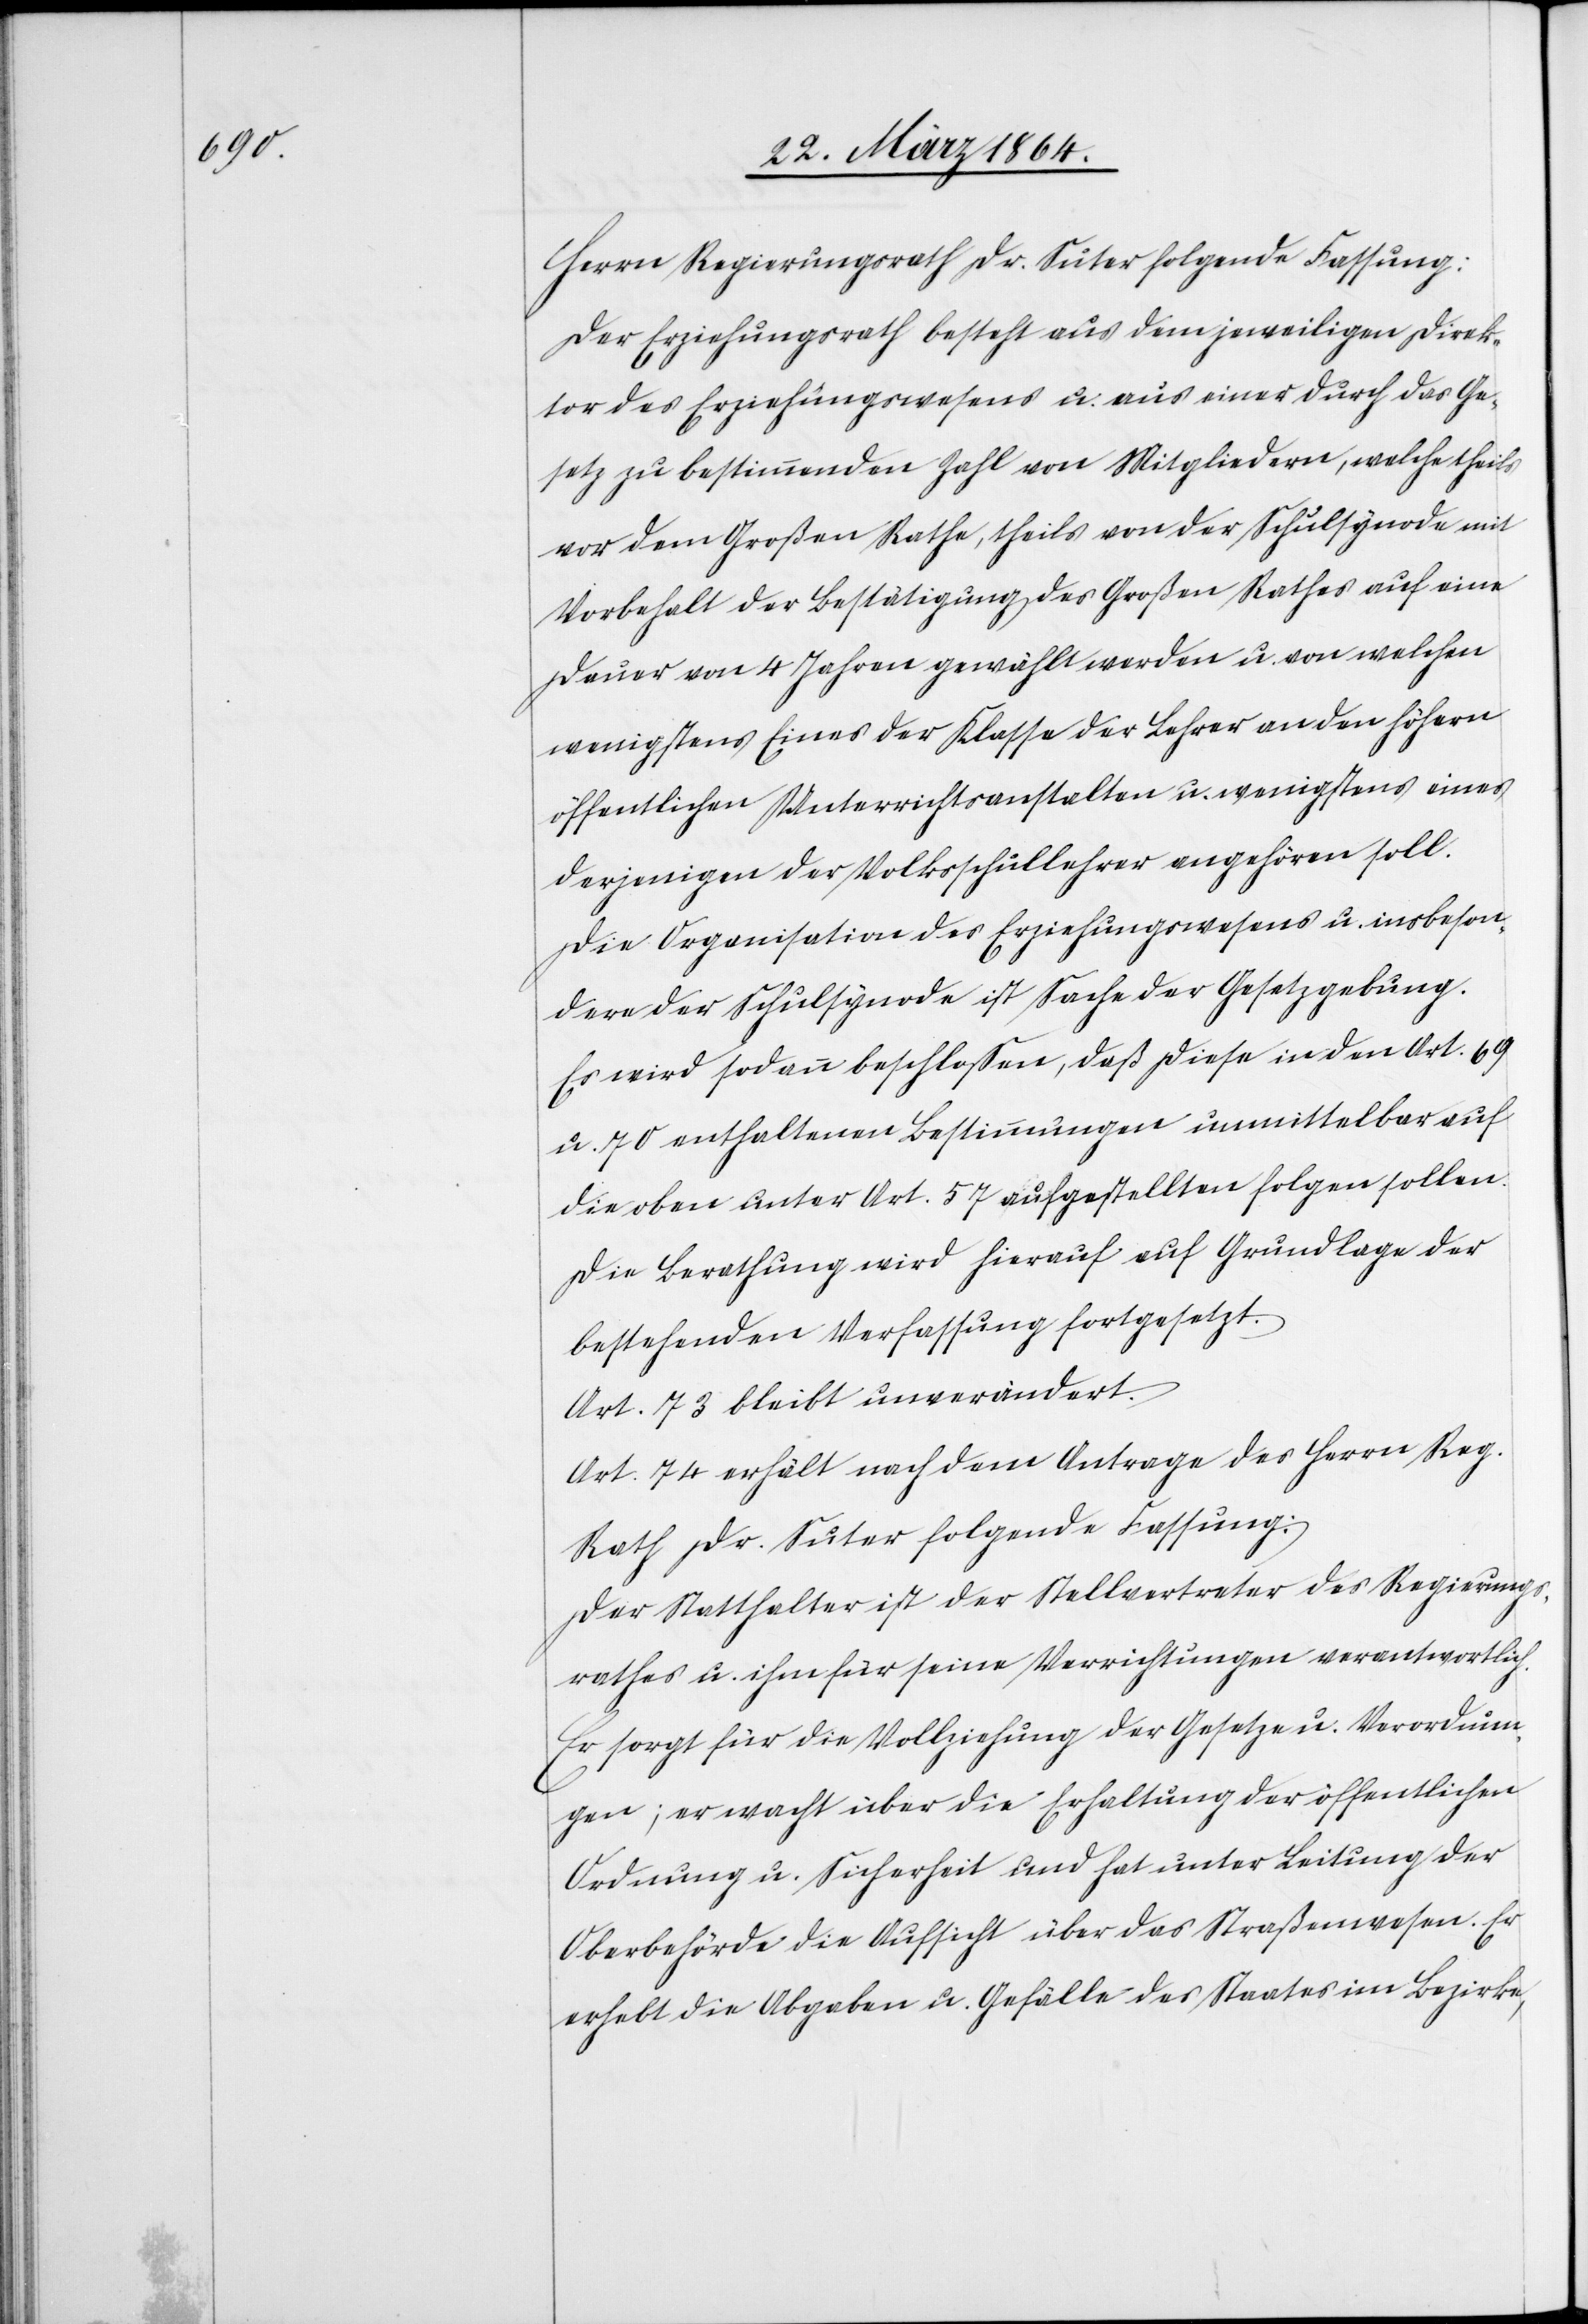
Herrn Regierungsrath Dr. Suter folgende Fassung:
Der Erziehungsrath besteht aus dem jeweiligen Direk¬
tor des Erziehungswesens u. aus einer durch das Ge¬
setz zu bestimmenden Zahl von Mitgliedern, welche theils
vor dem Großen Rathe, theils von der Schulsynode mit
Vorbehalt der Bestätigung des Großen Rathes auf eine
Dauer von 4 Jahren gewählt werden u. von welchen
wenigstens Eines der Klasse der Lehrer an den höhern
öffentlichen Unterrichtsanstalten u. wenigstens eines
derjenigen der Volkschullehrer angehören soll.
Die Organisation des Erziehungswesens u. insbeson¬
dere der Schulsynode ist Sache der Gesetzgebung.
Es wird sodann beschlossen, daß diese in den Art. 69
u. 70 enthaltenen Bestimmungen unmittelbar auf
oben unter Art. 57 aufgestellten folgen sollen.
Die Berathung wird hierauf auf Grundlage der
bestehenden Verfassung festgesetzt.
Art. 73 bleibt unverändert.
Art. 74 erhält nach dem Antrage des Herrn Reg.
Rath Dr. Suter folgende Fassung:
Der Statthalter ist der Stellvertreter des Regierungs¬
rathes u. ihm für seine Verrichtungen verantwortlich.
Er sorgt für die Vollziehung der Gesetze u. Verordnun¬
gen; er wacht über die Erhaltung der öffentlichen
Ordnung u. Sicherheit und hat unter Leitung der
Oberbehörde die Aufsicht über das Straßenwesen. Er
erhebt die Abgaben u. Gefälle des Staates im Bezirke,